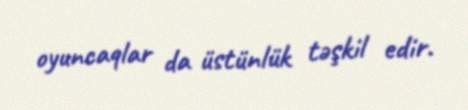
oyuncaqlar da üstünlük təşkil edir.